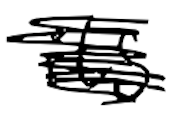
Text: its
Cross-out: scratch
Writing tool: digital_black